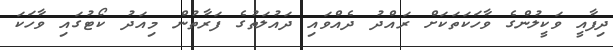
ދިފާއީ ވަކީލުންގެ ވާހަކަތަކަށް ރައްދު ދެއްވައި ދައުލަތުގެ ފަރާތުން މިއަދު ކޯޓުގައި ވާހަކަ